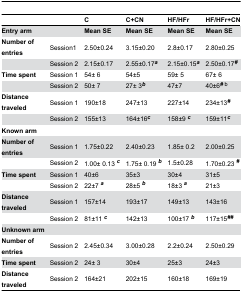
<table><thead><tr><td></td><td></td><td><b>C</b></td><td><b>C+CN</b></td><td><b>HF/HFr</b></td><td><b>HF/HFr+CN</b></td></tr></thead><tbody><tr><td><b>Entry arm </b></td><td></td><td><b>Mean SE</b></td><td><b>Mean SE</b></td><td><b>Mean SE</b></td><td><b>Mean SE</b></td></tr><tr><td><b>Number of entries</b></td><td>Session1</td><td>2.50±0.24</td><td>3.15±0.20</td><td>2.8±0.17</td><td>2.80±0.25</td></tr><tr><td></td><td>Session 2</td><td>2.15±0.17</td><td>2.55±0.17<b><sup><i>a</i></sup></b></td><td>2.15±0.15<b><sup><i>a</i></sup></b></td><td>2.50±0.17<b><sup><i>#</i></sup></b></td></tr><tr><td><b>Time spent</b></td><td>Session 1</td><td>54± 6</td><td>54±5</td><td>59± 5</td><td>67± 6</td></tr><tr><td></td><td>Session 2</td><td>50± 7</td><td>27± 3<b><sup><i>b</i></sup></b></td><td>47±7</td><td>40±6<b><sup><i>#</i></sup></b><sup> b</sup></td></tr><tr><td><b>Distance traveled</b></td><td>Session 1</td><td>190±18</td><td>247±13</td><td>227±14</td><td>234±13<b><sup><i>#</i></sup></b></td></tr><tr><td></td><td>Session 2</td><td>155±13</td><td>164±16<b><sup><i>c</i></sup></b></td><td>158±9 <b><sup><i>c</i></sup></b></td><td>159±11<b><sup><i>c</i></sup></b></td></tr><tr><td colspan="6"><b>Known arm</b></td></tr><tr><td><b>Number of entries</b></td><td>Session 1</td><td>1.75±0.22 </td><td>2.40±0.23</td><td>1.85± 0.2</td><td>2.00±0.25</td></tr><tr><td></td><td>Session 2</td><td>1.00± 0.13 <b><sup><i>c</i></sup></b></td><td>1.75± 0.19 <b><sup><i>b</i></sup></b></td><td>1.5±0.28</td><td>1.70±0.23 <b><sup><i>#</i></sup></b></td></tr><tr><td><b>Time spent</b></td><td>Session 1</td><td>40±6</td><td>35±3</td><td>30±4</td><td>31±5</td></tr><tr><td></td><td>Session 2</td><td>22±7 <b><sup><i>a</i></sup></b></td><td>28±5 <b><sup><i>b</i></sup></b></td><td>18±3 <b><sup><i>a</i></sup></b></td><td>21±3</td></tr><tr><td><b>Distance traveled</b></td><td>Session 1</td><td>157±14</td><td>193±17</td><td>149±13</td><td>143±16 </td></tr><tr><td></td><td>Session 2</td><td> 81±11 <b><sup><i>c</i></sup></b></td><td>142±13</td><td> 100±17 <b><sup><i>b</i></sup></b></td><td> 117±15<b><sup><i>##</i></sup></b></td></tr><tr><td colspan="6"><b>Unknown arm</b></td></tr><tr><td><b>Number of entries</b></td><td>Session 2</td><td>2.45±0.34</td><td>3.00±0.28</td><td>2.2±0.24</td><td>2.50±0.29</td></tr><tr><td><b>Time spent</b></td><td>Session 2</td><td>24± 3</td><td>30±4</td><td>25±3</td><td>24±3</td></tr><tr><td><b>Distance traveled</b></td><td>Session 2</td><td>164±21</td><td>202±15</td><td>160±18</td><td>169±19</td></tr></tbody></table>